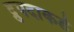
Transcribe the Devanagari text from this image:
द्रुपदाकडे